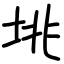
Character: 垗